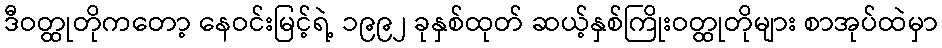
ဒီဝတ္ထုတိုကတော့ နေဝင်းမြင့်ရဲ့ ၁၉၉၂ ခုနှစ်ထုတ် ဆယ့်နှစ်ကြိုးဝတ္ထုတိုများ စာအုပ်ထဲမှာ